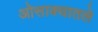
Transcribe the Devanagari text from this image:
ओसाक्यातले